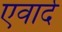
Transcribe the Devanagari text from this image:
एवार्द